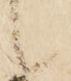
候